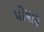
પોષાય